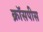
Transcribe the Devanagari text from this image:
क्रॉसपीस